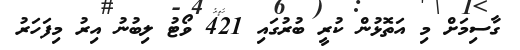
ގާސިމަށް މި އަތޮޅުން ކުރީ ބުރުގައި 421 ވޯޓު ލިބުނު އިރު މިފަހަރު